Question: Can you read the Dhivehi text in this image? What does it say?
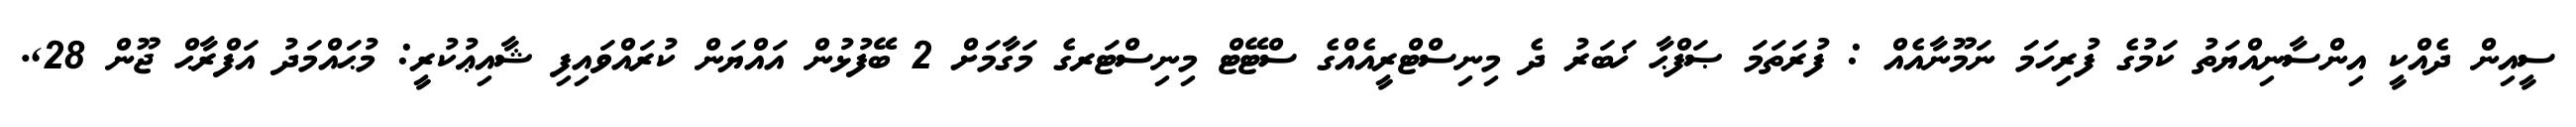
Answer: ސީއިން ދެއްކީ އިންސާނިއްޔަތު ކަމުގެ ފުރިހަމަ ނަމޫނާއެއް : ފުރަތަމަ ޞަފްޙާ ޚަބަރު ދެ މިނިސްޓްރީއެއްގެ ސްޓޭޓް މިނިސްޓަރގެ މަގާމަށް 2 ބޭފުޅުން އައްޔަން ކުރައްވައިފި ޝާއިޢުކުރީ: މުޙައްމަދު އަފްރާޙް ޖޫން 28,.